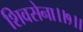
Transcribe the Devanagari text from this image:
शिवसेना।।१।।